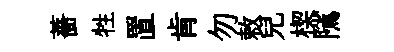
薔牲置肯勿敕兒楔隲